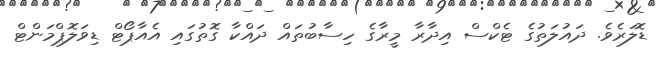
ޑޮލަރެވެ. ދައުލަތުގެ ޓެކްސް އިދާރާ މީރާގެ ހިސާބުތައް ދައްކާ ގޮތުގައި އެއާޕޯޓް ޑިވަލޮޕްމަންޓް